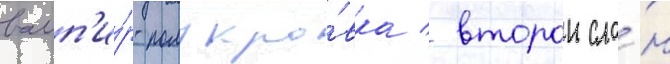
вамп'и́р-полукро́вка / второи сло́н